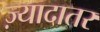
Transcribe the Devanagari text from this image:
ज्‍़यादातर